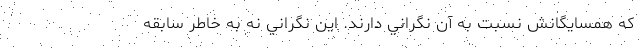
كه همسايگانش نسبت به آن نگراني دارند. اين نگراني نه به خاطر سابقه